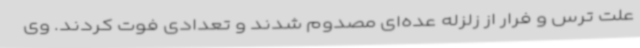
علت ترس و فرار از زلزله عده‌ای مصدوم شدند و تعدادی فوت کردند. وی